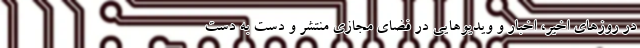
در روزهای اخیر، اخبار و ویدیوهایی در فضای مجازی منتشر و دست به دست